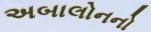
અબાલોનનો